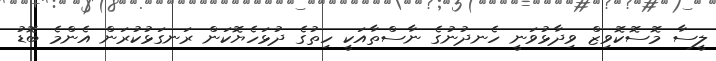
ލީސާ މޮސޮކޮވިޒް ވިދާޅުވަނީ ހެނދުނުގެ ނާސްތާއަކީ ހިތުގެ ދުޅަހެޔޮކަން ރަނގަޅުކުރަން އެންމެ ބޮޑު